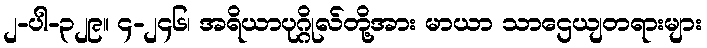
၂-ပါ-၃၂၉။ ၄-၂၄၆၊ အရိယာပုဂ္ဂိုလ်တို့အား မာယာ သာဌေယျတရားများ